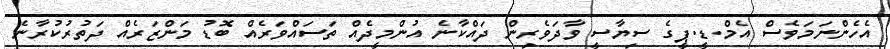
އެހެންނަމަވެސް އެމް.ޑީ.ޕީގެ ސިޔާސީ ވާދަވެރިން ދައްކާނެ އުންމީދެއް ތަސައްވަރެއް ބޮޑު މަންޒަރެއް ދަތުރުކުރާނެ